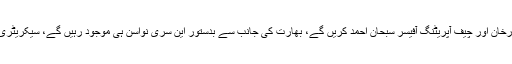
پاکستان کی نمائندگی چیئرمین شہریارخان اور چیف آپریٹنگ آفیسر سبحان احمد کریں گے، بھارت کی جانب سے بدستور این سری نواسن ہی موجود رہیں گے، سیکریٹری انوراگ ٹھاکر بھی دبئی آ رہے ہیں۔